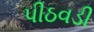
પીઠવડી